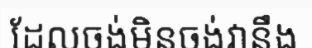
ដែលចង់មិនចង់វានឹង